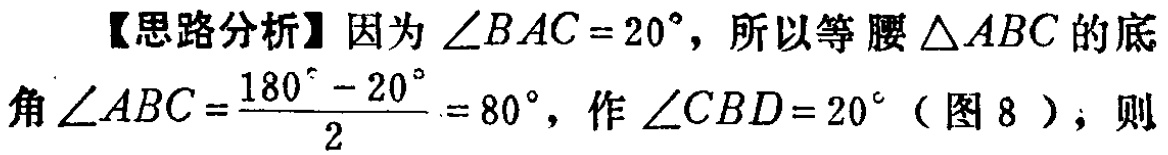
【思路分析】因为\(\angle BAC = 20^{\circ}\)，所以等腰\(\triangle ABC\)的底角\(\angle ABC=\frac{180^{\circ}-20^{\circ}}{2}=80^{\circ}\)，作\(\angle CBD = 20^{\circ}\)（图 8），则